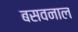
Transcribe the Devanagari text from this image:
बसवनाल